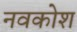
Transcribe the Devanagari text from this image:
नवकोश